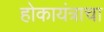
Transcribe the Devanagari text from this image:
होकायंत्राचा